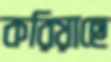
করিয়াছে